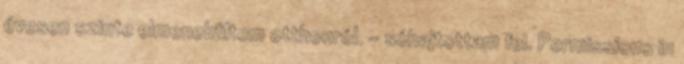
évesen szinte elmenekültem otthonról. - sóhajtottam fel. Permissions in